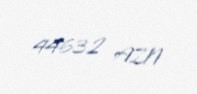
44632 AZN